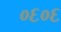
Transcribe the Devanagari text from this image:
०६०६